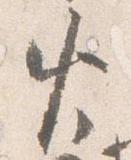
火